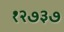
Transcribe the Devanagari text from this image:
१२७३७